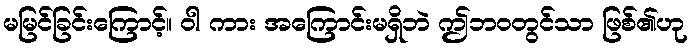
မမြင်ခြင်းကြောင့်။ ဝါ ကား အကြောင်းမရှိဘဲ ဤဘဝတွင်သာ ဖြစ်၏ဟု